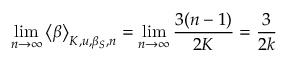
\operatorname* { l i m } _ { n \rightarrow \infty } \big < \beta \big > _ { K , u , \beta _ { S } , n } = \operatorname* { l i m } _ { n \rightarrow \infty } \frac { 3 ( n - 1 ) } { 2 K } = \frac { 3 } { 2 k }